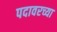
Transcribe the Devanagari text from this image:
पदावरच्या